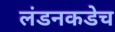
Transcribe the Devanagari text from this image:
लंडनकडेच